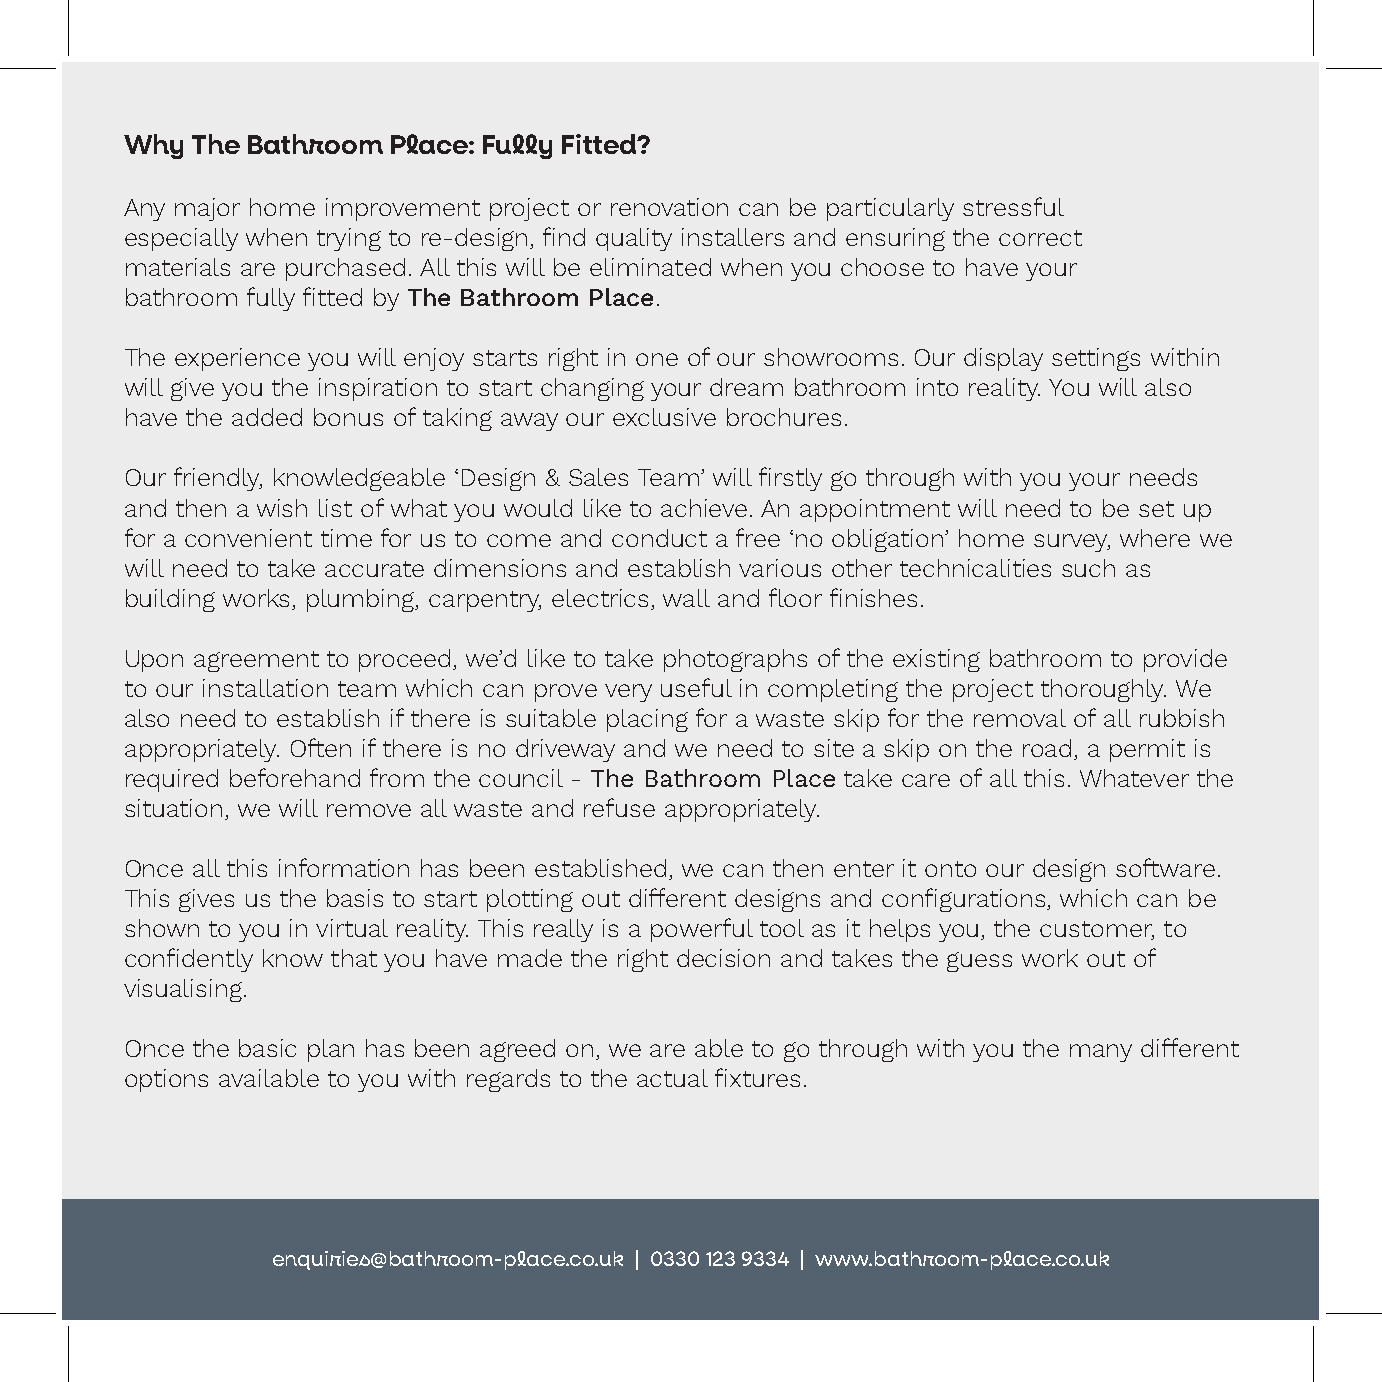
Why  The Bathroom Place: Fully Fitted?
 Any major home improvement project or renovation can be particularly stressful
 especially when trying to re-design, find quality installers and ensuring the correct
 materials are purchased. All this will be eliminated when you choose to have your
 bathroom fully fitted by The Bathroom Place.
 The experience you will enjoy starts right in one of our showrooms. Our display settings within
 will give you the inspiration to start changing your dream bathroom into reality. You will also
 have the added bonus of taking away our exclusive brochures.
 Our friendly, knowledgeable ‘Design & Sales Team’ will firstly go through with you your needs
 and then a wish list of what you would like to achieve. An appointment will need to be set up
 for a convenient time for us to come and conduct a free ‘no obligation’ home survey, where we
 will need to take accurate dimensions and establish various other technicalities such as
 building works, plumbing, carpentry, electrics, wall and floor finishes.
 Upon agreement to proceed, we’d like to take photographs of the existing bathroom to provide
 to our installation team which can prove very useful in completing the project thoroughly. We
 also need to establish if there is suitable placing for a waste skip for the removal of all rubbish
 appropriately. Often if there is no driveway and we need to site a skip on the road, a permit is
 required beforehand from the council - The Bathroom Place take care of all this. Whatever the
 situation, we will remove all waste and refuse appropriately.
 Once all this information has been established, we can then enter it onto our design software.
 This gives us the basis to start plotting out different designs and configurations, which can be
 shown to you in virtual reality. This really is a powerful tool as it helps you, the customer, to
 confidently know that you have made the right decision and takes the guess work out of
 visualising.
 Once the basic plan has been agreed on, we are able to go through with you the many different
 options available to you with regards to the actual fixtures.
 enquiries@bathroom-place.co.uk | 0330 123 9334 | www.bathroom-place.co.uk